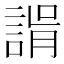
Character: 𧩑